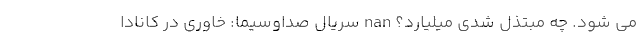
می شود. چه مبتذل شدی میلیارد؟ nan سریال صداوسیما: خاوری در کانادا